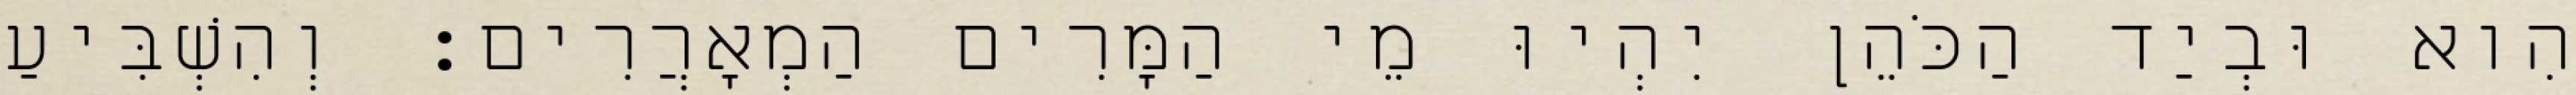
הִוא וּבְיַד הַכֹּהֵן יִהְיוּ מֵי הַמָּרִים הַמְאָרֲרִים׃ וְהִשְׁבִּיעַ